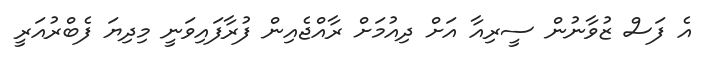
އެ ފަސް ޒުވާނުން ސީރިއާ އަށް ދިއުމަށް ރާއްޖެއިން ފުރާފައިވަނީ މިދިޔަ ފެބްރުއަރީ